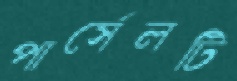
পার্সেলটি